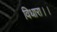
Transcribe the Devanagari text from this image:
विधारा।।